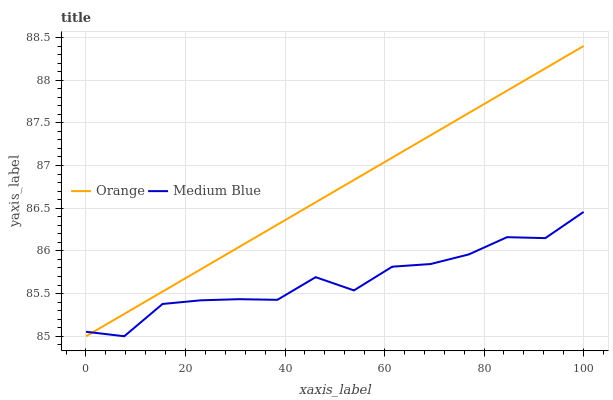
| xaxis_label | Orange | Medium Blue |
 | --- | --- | --- |
 | 0 | 85 | 85.1 |
 | 7.69 | 85.3 | 85 |
 | 15.4 | 85.5 | 85.4 |
 | 23.1 | 85.8 | 85.4 |
 | 30.8 | 86 | 85.4 |
 | 38.5 | 86.3 | 85.4 |
 | 46.2 | 86.6 | 85.7 |
 | 53.8 | 86.8 | 85.5 |
 | 61.5 | 87.1 | 85.8 |
 | 69.2 | 87.4 | 85.8 |
 | 76.9 | 87.6 | 86 |
 | 84.6 | 87.9 | 86.2 |
 | 92.3 | 88.1 | 86.1 |
 | 100 | 88.4 | 86.5 |